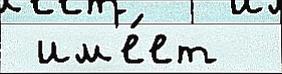
 им'е́ет